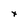
Character: x